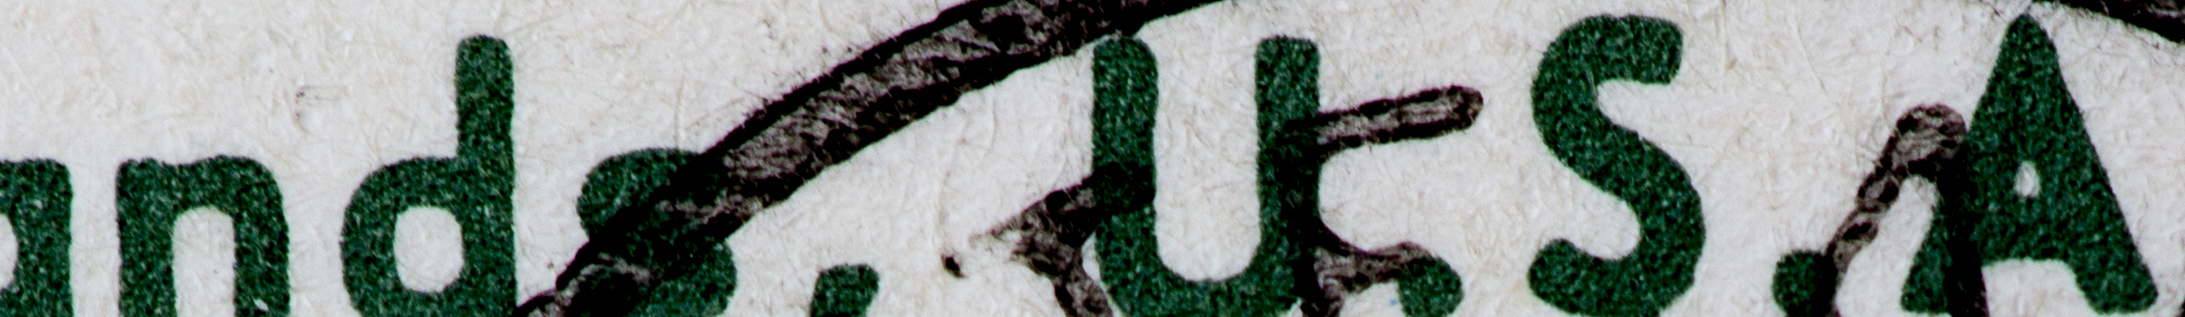
nds,USA